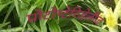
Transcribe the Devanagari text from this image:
प्रोटोप्टेरिडेलीज़